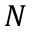
N